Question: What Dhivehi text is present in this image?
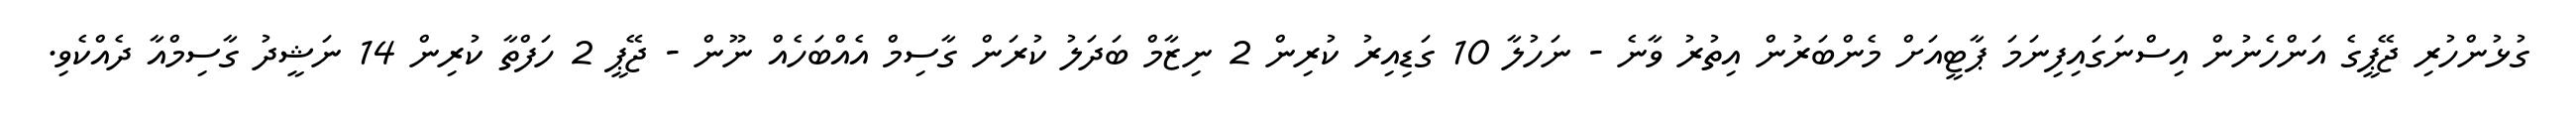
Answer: ގުޅުންހުރި ޖޭޕީގެ އަންހެނުން އިސްނަގައިފިނަމަ ޕާޓީއަށް މެންބަރުން އިތުރު ވާނެ - ނަހުލާ 10 ގަޑިއިރު ކުރިން 2 ނިޒާމް ބަދަލު ކުރަން ގާސިމް އެއްބަހެއް ނޫން - ޖޭޕީ 2 ހަފްތާ ކުރިން 14 ނަޝީދު ގާސިމްއާ ދެއްކެވި.